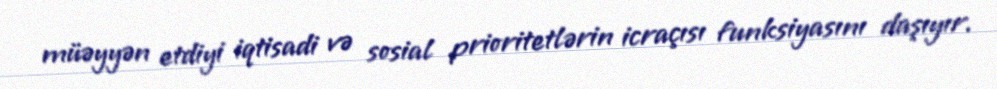
müəyyən etdiyi iqtisadi və sosial prioritetlərin icraçısı funksiyasını daşıyır.